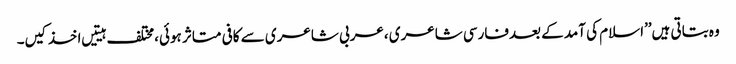
وہ بتاتی ہیں’’اسلام کی آمد کے بعدفارسی شاعری ،عربی شاعری سے کافی متاثر ہوئی،مختلف ہیتیں اخذ کیں۔